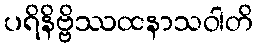
ပရိနိဗ္ဗိဿထနာသဝါတိ